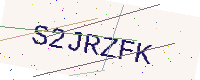
Text: S2JRZFK